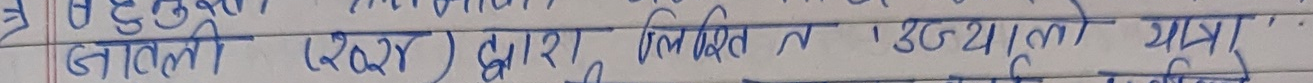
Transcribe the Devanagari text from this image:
जातली (२०२४) द्वारा निर्मित तं ३८२०।को सूच